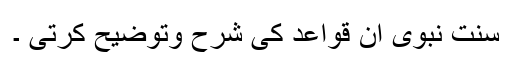
سنت ِنبوی ان قواعد کی شرح وتوضیح کرتی ۔